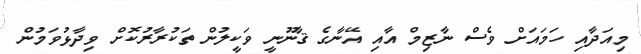
މިއަދާއި ހަމައަށް ވެސް ނާޒިމް އާއި އޭނާގެ ޤާނޫނީ ވަކީލުން ތަކުރާރުކޮށް ވިދާޅުވަމުން